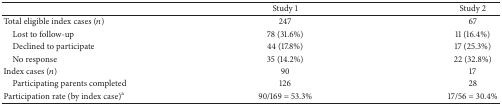
<table><thead><tr><td><b> </b></td><td><b>Study 1</b></td><td><b>Study 2</b></td></tr></thead><tbody><tr><td>Total eligible index cases (<i>n</i>)</td><td>247</td><td>67</td></tr><tr><td> Lost to follow-up</td><td>78 (31.6%)</td><td>11 (16.4%)</td></tr><tr><td> Declined to participate</td><td>44 (17.8%)</td><td>17 (25.3%)</td></tr><tr><td> No response</td><td>35 (14.2%)</td><td>22 (32.8%)</td></tr><tr><td>Index cases (<i>n</i>)</td><td>90</td><td>17</td></tr><tr><td> Participating parents completed</td><td>126</td><td>28</td></tr><tr><td>Participation rate (by index case)<sup>a</sup></td><td>90/169 = 53.3%</td><td>17/56 = 30.4%</td></tr></tbody></table>